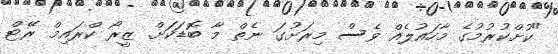
"ކުށްކުރުމުގެ މާހައުލެއް ވެސް މިރަށުގަ ނެތް މާ ބޮޑަކަށް. ޒީރޯ ކްރައިމް ރޭޓް